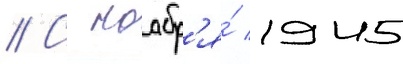
// С ноабр'я́ 1945